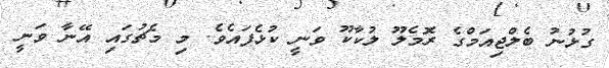
ގުޅުނު ބެލްޖިއަމްގެ ރޮމެލޫ ލުކާކޫ ވަނީ ކުޅެފައެވެ. މި މެޗުގައި އޭނާ ވަނީ